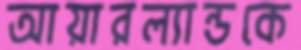
আয়ারল্যান্ডকে